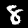
Digit: 8